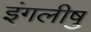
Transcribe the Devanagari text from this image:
इंगलीषु